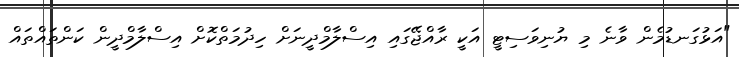
"އަޅުގަނޑުމެން ވާނެ މި ޔުނިވަސިޓީ އަކީ ރާއްޖޭގައި އިސްލާމްދީނަށް ހިދުމަތްކޮށް އިސްލާމްދީން ކަންތައްތައް